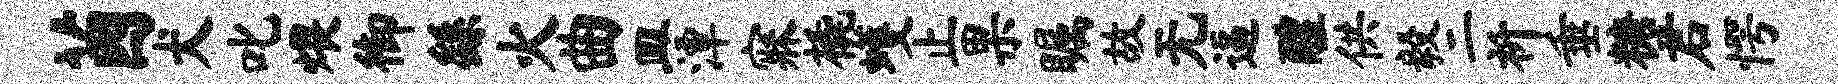
茵犬叱煨御繇火曲皿潭寐橇蠖止果瞩故无逼醴供毅二祈垂糖君愕